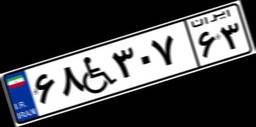
۶۸W۳۰۷۶۳